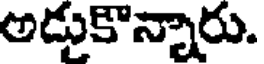
అడుకొన్నారు.